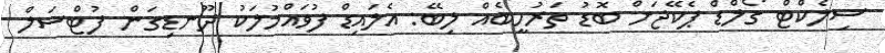
ސިލެކްޓް ގޯލްޑް ޕެކޭޖަށް ބޮޑު ތަރުހީބެއް ލިބޭ: އެލައިޑް ފުވައްމުލަކު ދޫނޑިގަން ފުޓްސަލް